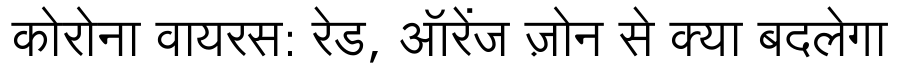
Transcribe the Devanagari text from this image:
कोरोना वायरस: रेड, ऑरेंज ज़ोन से क्या बदलेगा